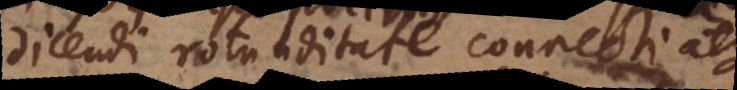
dicendi rotunditate connecti atque